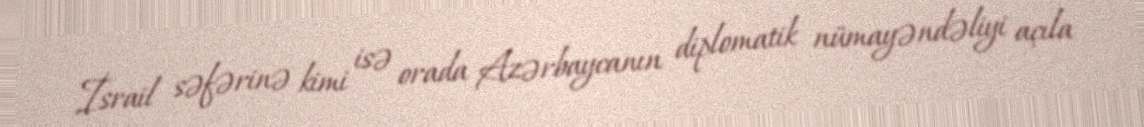
İsrail səfərinə kimi isə orada Azərbaycanın diplomatik nümayəndəliyi açıla